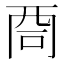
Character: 𠱩